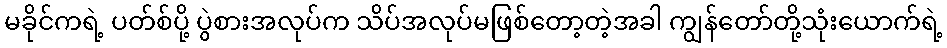
မခိုင်ကရဲ့ ပတ်စ်ပို့ ပွဲစားအလုပ်က သိပ်အလုပ်မဖြစ်တော့တဲ့အခါ ကျွန်တော်တို့သုံးယောက်ရဲ့